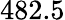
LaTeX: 482.5